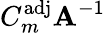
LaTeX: C_{m}^{\mathrm{adj}}\mathbf{A}^{-1}